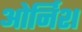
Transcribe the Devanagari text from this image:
ओर्निश